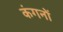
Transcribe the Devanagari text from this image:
कंगनों